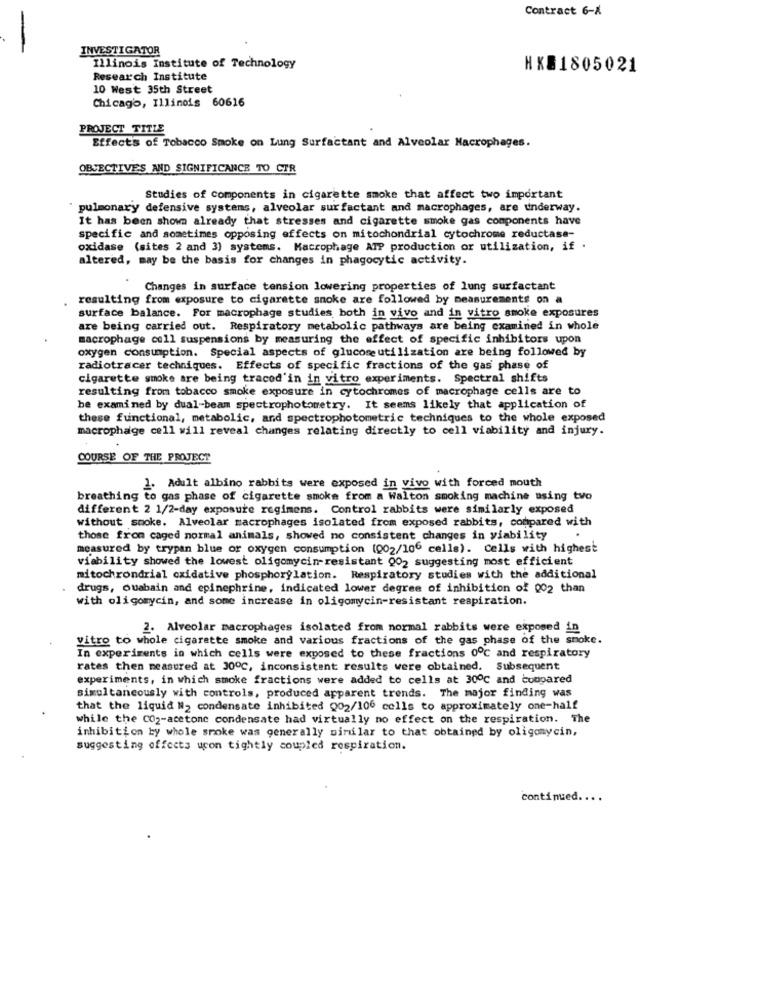
Contract 6-X
INVESTIGATOR
Illinois Institute of Technology
HXE1805021
Research Institute
10 West 35th Street
Chicago, Illinois 60616
PROJECT TITLE
Effects of Tobacco Smoke on Lung Surfactant and Alveolar Macrophages.
OBJECTIVES AND SIGNIFICANCE TO CTR
Studies of components in cigarette smoke that affect two important
pulmonary defensive systems, alveolar sur factant and macrophages, are underway.
It has been shown already that stresses and cigarette smoke gas components have
specific and sometimes opposing effects on mitochondrial cytochrome reductase-
oxidase (sites 2 and 3) systems. Macrophage ATP production or utilization, if .
altered, may be the basis for changes in phagocytic activity.
Changes in surface tension lowering properties of lung surfactant
resulting from exposure to cigarette smoke are followed by measurements on a
surface balance. For macrophage studies both in vivo and in vitro smoke exposures
are being carried out. Respiratory metabolic pathways are being examined in whole
macrophage coll suspensions by measuring the effect of specific inhibitors upon
oxygen consumption. Special aspects of glucoseutilization are being followed by
radiotracer techniques. Effects of specific fractions of the gas phase of
cigarette smoke are being traced'in in vitro experiments. Spectral shifts
resulting from tobacco smoke exposure in cytochromes of macrophage cells are to
be examined by dual-beam spectrophotometry. It seems likely that application of
these functional, metabolic, and spectrophotometric techniques to the whole exposed
macrophage cell will reveal changes relating directly to cell viability and injury.
COURSE OF THE PROJECT
1. Adult albino rabbits were exposed in vivo with forced mouth
breathing to gas phase of cigarette smoke from a Walton smoking machine using tvo
different 2 1/2-day exposure regimens. Control rabbits were similarly exposed
without smoke. Alveolar macrophages isolated from exposed rabbits, compared with
those from caged normal animals, showed no consistent changes in viability
measured by trypan blue or oxygen consumption [002/106 cells). Cells with highest
viability showed the lowest oligomycin-resistant Q02 suggesting most efficient
mitochondrial oxidative phosphorylation. Respiratory studies with the additional
drugs, Quabain and epinephrine, indicated lower degree of inhibition of 002 than
with oligomycin, and some increase in oligomycin-resistant respiration.
2. Alveolar macrophages isolated from normal rabbits were exposed in
vitro to whole cigarette smoke and various fractions of the gas phase of the smoke.
In experiments in which cells were exposed to these fractions 0℃ and respiratory
rates then measured at 300℃, inconsistent results were obtained. Subsequent
experiments, in which smoke fractions were added to cells at 30℃ and compared
simultaneously with controls, produced apparent trends. The major finding was
that the liquid M2 condensate inhibited 002/106 cells to approximately one-half
while the CO2-acetone condensate had virtually no effect on the respiration. The
inhibition by whole smoke was generally similar to that obtained by oligomycin,
suggesting effects ucon tightly coupled respiration.
continued ....